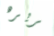
سريره